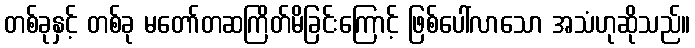
တစ်ခုနှင့် တစ်ခု မတော်တဆကြိတ်မိခြင်းကြောင့် ဖြစ်ပေါ်လာသော အသံဟုဆိုသည်။